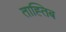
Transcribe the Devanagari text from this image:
ताह्तिब